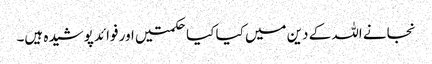
نجانے اللہ کے دین میں کیا کیا حکمتیں اور فوائد پوشیدہ ہیں۔